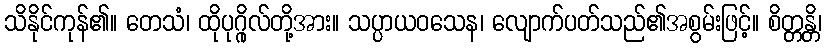
သိနိုင်ကုန်၏။ တေသံ၊ ထိုပုဂ္ဂိုလ်တို့အား။ သပ္ပာယဝသေန၊ လျောက်ပတ်သည်၏အစွမ်းဖြင့်။ စိတ္တန္တိ၊